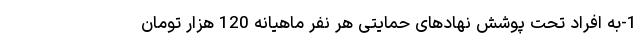
1-به افراد تحت پوشش نهادهای حمایتی هر نفر ماهیانه 120 هزار تومان